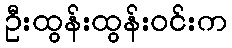
ဦးထွန်းထွန်းဝင်းက